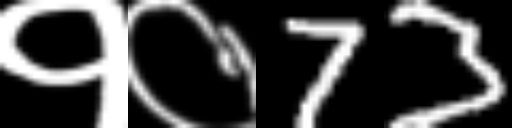
Text: १०73